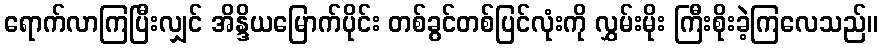
ရောက်လာကြပြီးလျှင် အိန္ဒိယမြောက်ပိုင်း တစ်ခွင်တစ်ပြင်လုံးကို လွှမ်းမိုး ကြီးစိုးခဲ့ကြလေသည်။